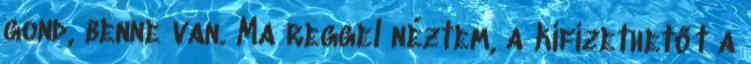
gond, benne van. Ma reggel néztem, a kifizethetőt a